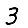
Digit: 3